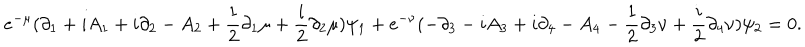
e ^ { - \mu } ( \partial _ { 1 } + i A _ { 1 } + i \partial _ { 2 } - A _ { 2 } + { \frac { 1 } { 2 } } \partial _ { 1 } \mu + { \frac { i } { 2 } } \partial _ { 2 } \mu ) \psi _ { 1 } + e ^ { - \nu } ( - \partial _ { 3 } - i A _ { 3 } + i \partial _ { 4 } - A _ { 4 } - { \frac { 1 } { 2 } } \partial _ { 3 } \nu + { \frac { i } { 2 } } \partial _ { 4 } \nu ) \psi _ { 2 } = 0 .